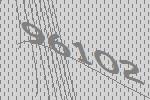
96102